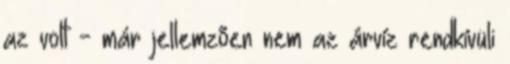
az volt - már jellemzõen nem az árvíz rendkívüli